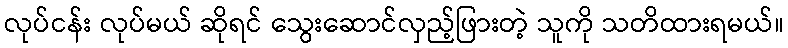
လုပ်ငန်း လုပ်မယ် ဆိုရင် သွေးဆောင်လှည့်ဖြားတဲ့ သူကို သတိထားရမယ်။